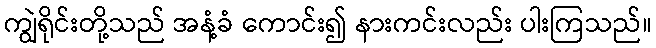
ကျွဲရိုင်းတို့သည် အနံ့ခံ ကောင်း၍ နားကင်းလည်း ပါးကြသည်။